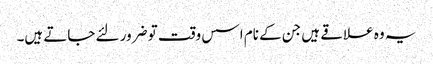
یہ وہ علاقے ہیں جن کے نام اسس وقت تو ضرور لئے جاتے ہیں۔